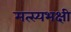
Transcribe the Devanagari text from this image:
मत्स्यभक्षी